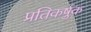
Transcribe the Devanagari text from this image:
प्रतिकर्षुक